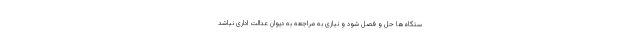
ستگاه‌ها حل و فصل شود و نیازی به مراجعه به دیوان عدالت اداری نباشد